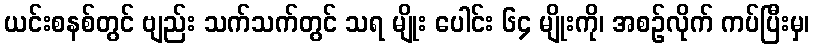
ယင်းစနစ်တွင် ဗျည်း သက်သက်တွင် သရ မျိုး ပေါင်း ၆၄ မျိုးကို၊ အစဉ်လိုက် ကပ်ပြီးမှ၊